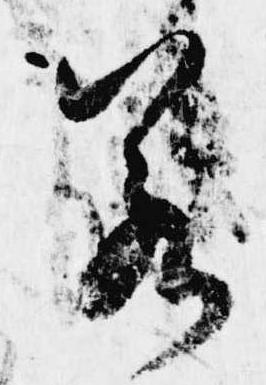
若